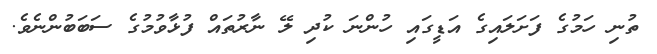
ތުނި ހަމުގެ ފަށަލައިގެ އަޑީގައި ހުންނަ ކުދި ލޭ ނާރުތައް ފުޅާވުމުގެ ސަބަބުންނެވެ.